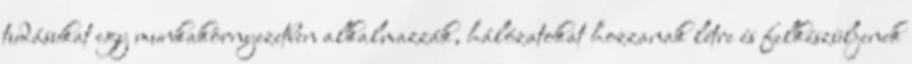
tudásukat egy munkakörnyezetben alkalmazzák, hálózatokat hozzanak létre és felkészüljenek